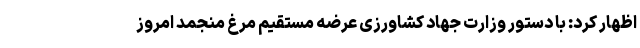
اظهار کرد: با دستور وزارت جهاد کشاورزی عرضه مستقیم مرغ منجمد امروز